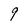
Character: 9